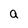
Character: a